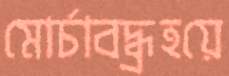
মোর্চাবদ্ধ্রহয়ে